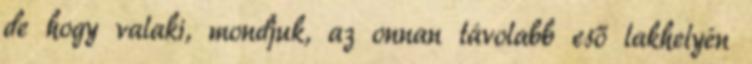
de hogy valaki, mondjuk, az onnan távolabb eső lakhelyén